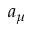
a _ { \mu }